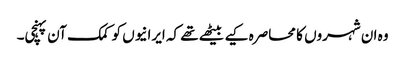
وہ ان شہروں کا محاصرہ کیے بیٹھے تھے کہ ایرانیوں کو کمک آن پہنچی۔